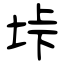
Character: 垰